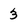
Character: 3